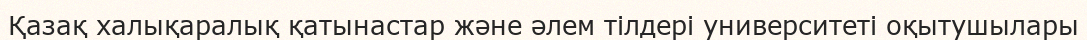
Қазақ халықаралық қатынастар және әлем тілдері университеті оқытушылары